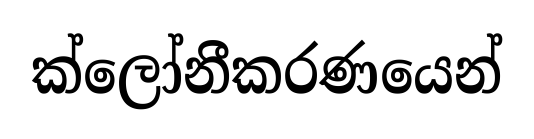
ක්ලෝනීකරණයෙන්